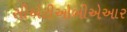
સીએટીઓબીએઆર